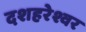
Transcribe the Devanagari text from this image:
दशहरेश्वर